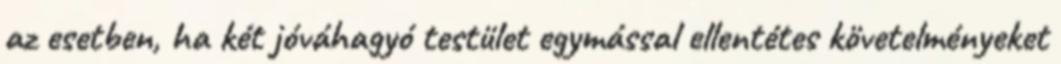
az esetben, ha két jóváhagyó testület egymással ellentétes követelményeket